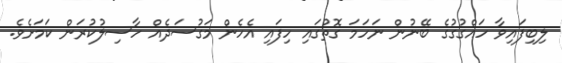
ލިބިފައިވާ ހައްގުގުގެ ބޭނުން ނަހަމަ ގޮތުގައި ހިފައި އެހެން މަގުސަދެއް ހާސިލުކުރަން ކަމަށެވެ.